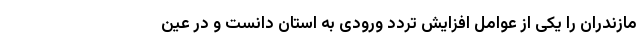
مازندران را یکی از عوامل افزایش تردد ورودی به استان دانست و در عین